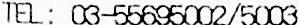
TEL: 03-55695002/5003